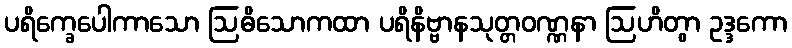
ပရိက္ခေပေါကာသော ဩဓိသောကထာ ပရိနိဗ္ဗာနသုတ္တဝဏ္ဏနာ ဩဟိတွာ ဥဒ္ဒကော